Indian journal of veterinary science and animal husbandry - Volumes 26-27, 1956-1957
Year: 1956
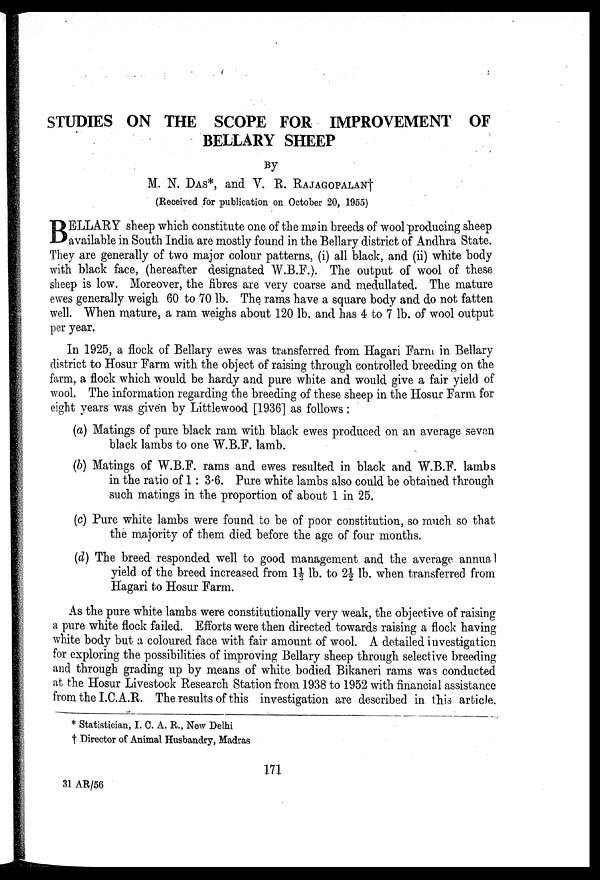
STUDIES ON THE SCOPE FOR IMPROVEMENT OF
BELLARY SHEEP
By
M. N. DAS*, and V. R. RAJAGOPALAN†
(Received for publication on October 20, 1955)
B ELLARY sheep which constitute one of the main breeds of wool producing sheep
available in South India are mostly found in the Bellary district of Andhra State.
They are generally of two major colour patterns, (i) all black, and (ii) white body
with black face, (hereafter designated W.B.F.). The output of wool of these
sheep is low. Moreover, the fibres are very coarse and medullated. The mature
ewes generally weigh 60 to 70 lb. The rams have a square body and do not fatten
well. When mature, a ram weighs about 120 lb. and has 4 to 7 lb. of wool output
per year.
In 1925, a flock of Bellary ewes was transferred from Hagari Farm in Bellary
district to Hosur Farm with the object of raising through controlled breeding on the
farm, a flock which would be hardy and pure white and would give a fair yield of
wool. The information regarding the breeding of these sheep in the Hosur Farm for
eight years was given by Littlewood [1936] as follows:
(a) Matings of pure black ram with black ewes produced on an average seven
black lambs to one W.B.F. lamb.
(b) Matings of W.B.F. rams and ewes resulted in black and W.B.F. lambs
in the ratio of 1: 3.6. Pure white lambs also could be obtained through
such matings in the proportion of about 1 in 25.
(c) Pure white lambs were found to be of poor constitution, so much so that
the majority of them died before the age of four months.
(d) The breed responded well to good management and the average annual
yield of the breed increased from 1½ lb. to 2½ lb. when transferred from
Hagari to Hosur Farm.
As the pure white lambs were constitutionally very weak, the objective of raising
a pure white flock failed. Efforts were then directed towards raising a flock having
white body but a coloured face with fair amount of wool. A detailed investigation
for exploring the possibilities of improving Bellary sheep through selective breeding
and through grading up by means of white bodied Bikaneri rams was conducted
at the Hosur Livestock Research Station from 1938 to 1952 with financial assistance
from the I.C.A.R. The results of this investigation are described in this article.
* Statistician, I. C. A. R., New Delhi
† Director of Animal Husbandry, Madras
171
31 AR/56